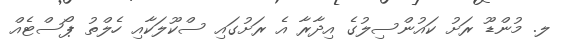
ލ. މުންޑޫ ރަށު ކައުންސިލުގެ އިދާރާ އެ ރަށުގައި ސްކޫލަކާއި ހެލްތު ޕޯސްޓެއް